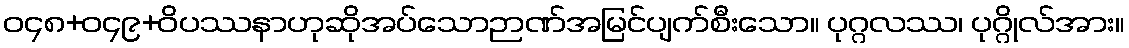
ဝ၄၈+ဝ၄၉+ဝိပဿနာဟုဆိုအပ်သောဉာဏ်အမြင်ပျက်စီးသော။ ပုဂ္ဂလဿ၊ ပုဂ္ဂိုလ်အား။